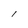
Character: l